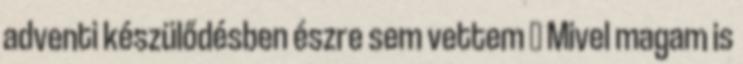
adventi készülődésben észre sem vettem 🙂 Mivel magam is